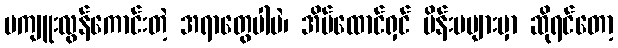
မကျူးလွန်ကောင်းတဲ့ အရာတွေပါပဲ၊ အိမ်ထောင်ရှင် မိန်းမများမှာ ဆိုရင်တော့